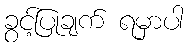
ခွင့်ပြုချက် ရမှာပါ